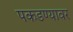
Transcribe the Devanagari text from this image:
पकडण्यावर